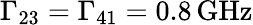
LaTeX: \Gamma_{23}=\Gamma_{41}=0.8\, \mathrm{GHz}